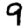
Digit: 9